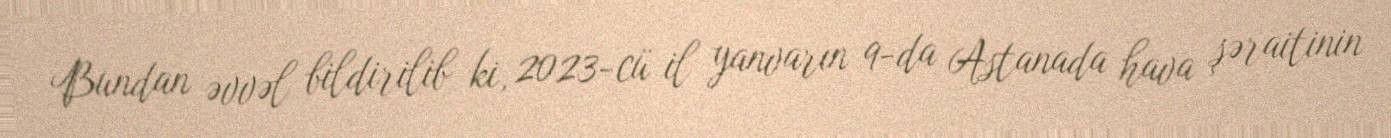
Bundan əvvəl bildirilib ki, 2023-cü il yanvarın 9-da Astanada hava şəraitinin